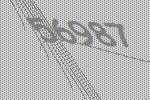
56987